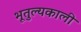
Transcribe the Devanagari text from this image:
भूतुल्यकाली